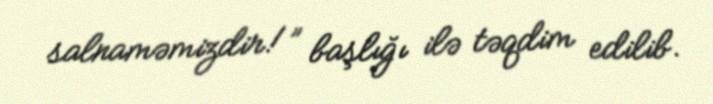
salnaməmizdir!” başlığı ilə təqdim edilib.